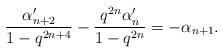
LaTeX: \begin{align*} \frac{\alpha_{n+2}'}{1-q^{2n+4}} - \frac{q^{2n}\alpha_n'}{1-q^{2n}} = -\alpha_{n+1}.\end{align*}